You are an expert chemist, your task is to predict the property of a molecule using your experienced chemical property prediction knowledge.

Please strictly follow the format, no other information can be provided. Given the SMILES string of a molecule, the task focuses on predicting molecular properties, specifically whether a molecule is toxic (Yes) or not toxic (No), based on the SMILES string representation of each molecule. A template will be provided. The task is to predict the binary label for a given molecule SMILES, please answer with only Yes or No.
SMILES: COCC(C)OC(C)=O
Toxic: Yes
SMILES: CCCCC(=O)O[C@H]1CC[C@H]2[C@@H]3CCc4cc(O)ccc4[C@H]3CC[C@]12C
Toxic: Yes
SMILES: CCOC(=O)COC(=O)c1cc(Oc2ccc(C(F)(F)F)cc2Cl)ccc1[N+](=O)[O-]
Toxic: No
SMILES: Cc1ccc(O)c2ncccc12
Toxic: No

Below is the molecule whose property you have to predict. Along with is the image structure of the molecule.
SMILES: c1ccc2c(c1)[nH]c1ccccc12
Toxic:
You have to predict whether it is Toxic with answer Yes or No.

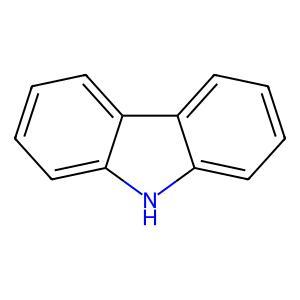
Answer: No